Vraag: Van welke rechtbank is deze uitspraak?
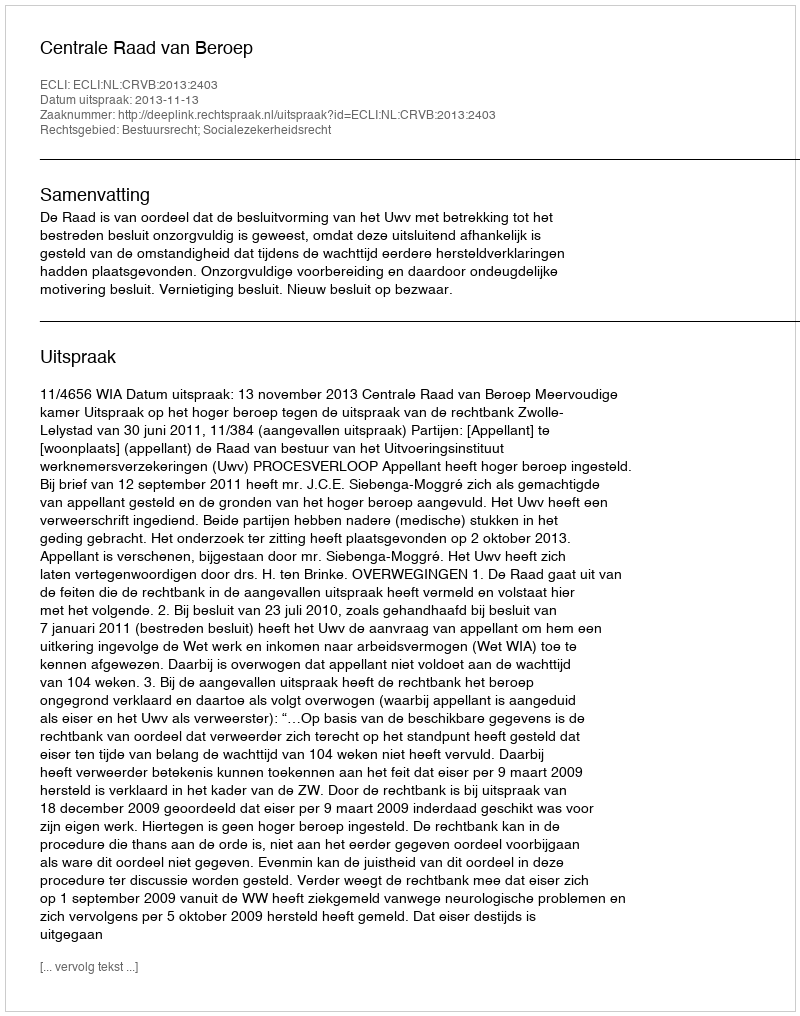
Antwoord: Centrale Raad van Beroep